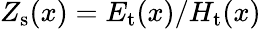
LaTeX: Z_{\mathrm{s}}(x)=E_{\mathrm{t}}(x)/H_{\mathrm{t}}(x)